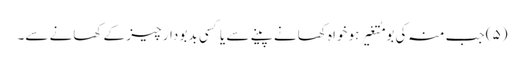
(۵) جب منہ کی بو مُتغیر ہو خواہ کھانے پینے سے یا کسی بدبو دار چیز کے کھانے سے۔